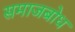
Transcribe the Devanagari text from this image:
समाजबोध